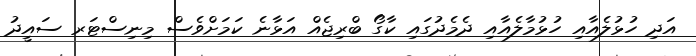
އަދި ހުޅުލެއާއި ހުޅުމާލެއާއި ދެމެދުގައި ކާގޯ ބްރިޖެއް އަޅާނެ ކަމަށްވެސް މިނިސްޓަރ ސައީދު